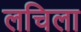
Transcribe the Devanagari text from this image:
लचिला